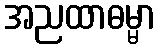
အညထာဓမ္မာ